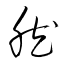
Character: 然